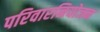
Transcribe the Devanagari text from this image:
परिवारनियोजन